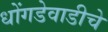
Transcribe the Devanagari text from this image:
धोंगडेवाडीचे